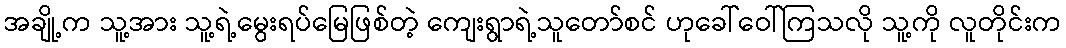
အချို့က သူ့အား သူ့ရဲ့မွေးရပ်မြေဖြစ်တဲ့ ကျေးရွာရဲ့သူတော်စင် ဟုခေါ်ဝေါ်ကြသလို သူ့ကို လူတိုင်းက